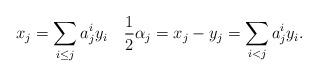
LaTeX: \begin{align*} x_j=\sum_{i\le j}a^i_jy_i\quad\frac{1}{2}\alpha_j=x_j-y_j=\sum_{i<j}a^i_jy_i.\end{align*}